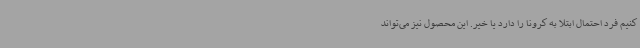
کنیم فرد احتمال ابتلا به کرونا را دارد یا خیر. این محصول نیز می‌تواند